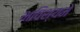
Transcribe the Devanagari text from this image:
भविश्यमे